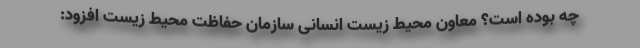
چه بوده است؟ معاون محیط‌ زیست انسانی سازمان حفاظت محیط‌ زیست افزود: